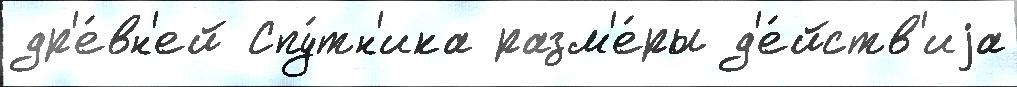
др'е́вн'ей Спу́тн'ика разм'е́ры д'е́йств'иjа